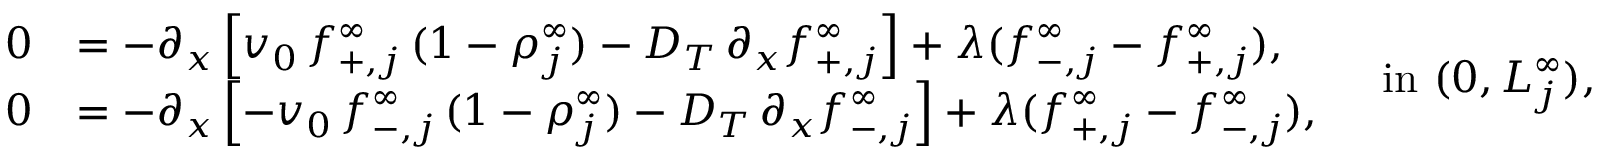
\begin{array} { r l } { 0 } & { = - \partial _ { x } \left[ v _ { 0 } \, f _ { + , j } ^ { \infty } \, ( 1 - \rho _ { j } ^ { \infty } ) - D _ { T } \, \partial _ { x } f _ { + , j } ^ { \infty } \right] + \lambda ( f _ { - , j } ^ { \infty } - f _ { + , j } ^ { \infty } ) , } \\ { 0 } & { = - \partial _ { x } \left[ - v _ { 0 } \, f _ { - , j } ^ { \infty } \, ( 1 - \rho _ { j } ^ { \infty } ) - D _ { T } \, \partial _ { x } f _ { - , j } ^ { \infty } \right] + \lambda ( f _ { + , j } ^ { \infty } - f _ { - , j } ^ { \infty } ) , } \end{array} \quad \mathrm { i n ~ } ( 0 , L _ { j } ^ { \infty } ) ,